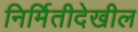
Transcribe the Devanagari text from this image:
निर्मितीदेखील